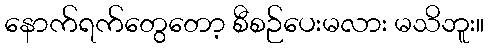
နောက်ရက်တွေတော့ စီစဉ်ပေးမလား မသိဘူး။